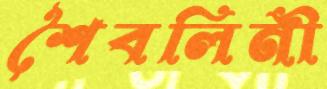
শৈবলিনী